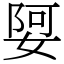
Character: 娿